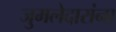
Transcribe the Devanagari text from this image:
जुमलेदारांना